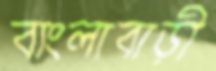
বাংলাবাড়ী